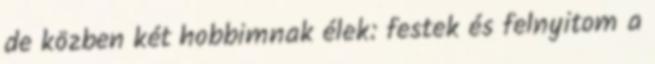
de közben két hobbimnak élek: festek és felnyitom a